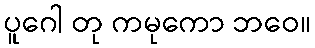
ပူဂေါ တု ကမုကော ဘဝေ။